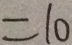
1 0